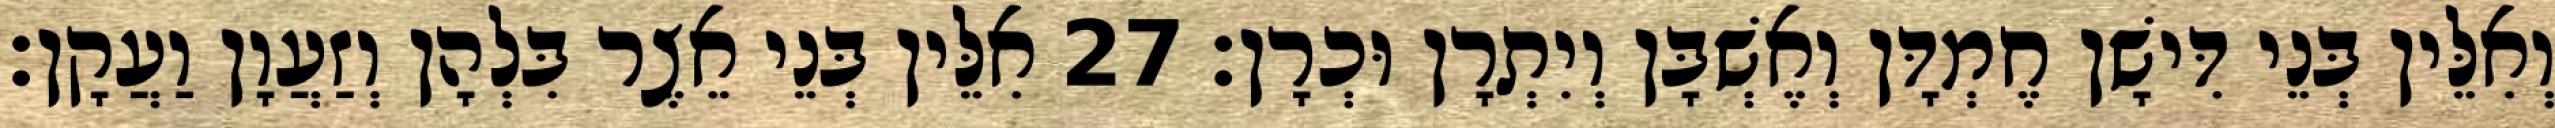
וְאִלֵּין בְּנֵי דִּישָׁן חֶמְדָּן וְאֶשְׁבָּן וְיִתְרָן וּכְרָן׃ 27 אִלֵּין בְּנֵי אֵצֶר בִּלְהָן וְזַעֲוָן וַעֲקָן׃